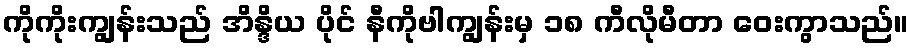
ကိုကိုးကျွန်းသည် အိန္ဒိယ ပိုင် နီကိုဗါကျွန်းမှ ၁၈ ကီလိုမီတာ ဝေးကွာသည်။